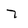
Character: 7